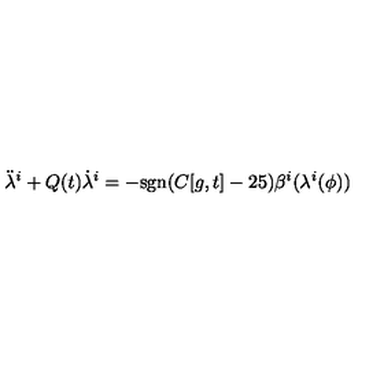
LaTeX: { \ddot { \lambda } } ^ { i } + Q ( t ) { \dot { \lambda } } ^ { i } = - \mathrm { s g n } ( C [ g , t ] - 2 5 ) \beta ^ { i } ( \lambda ^ { i } ( \phi ) )